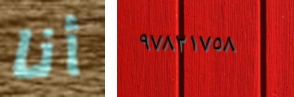
أنا ٩٧٨٢١٧٥٨